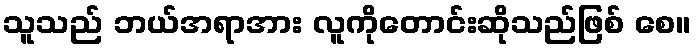
သူသည် ဘယ်အရာအား လူကိုတောင်းဆိုသည်ဖြစ် စေ။